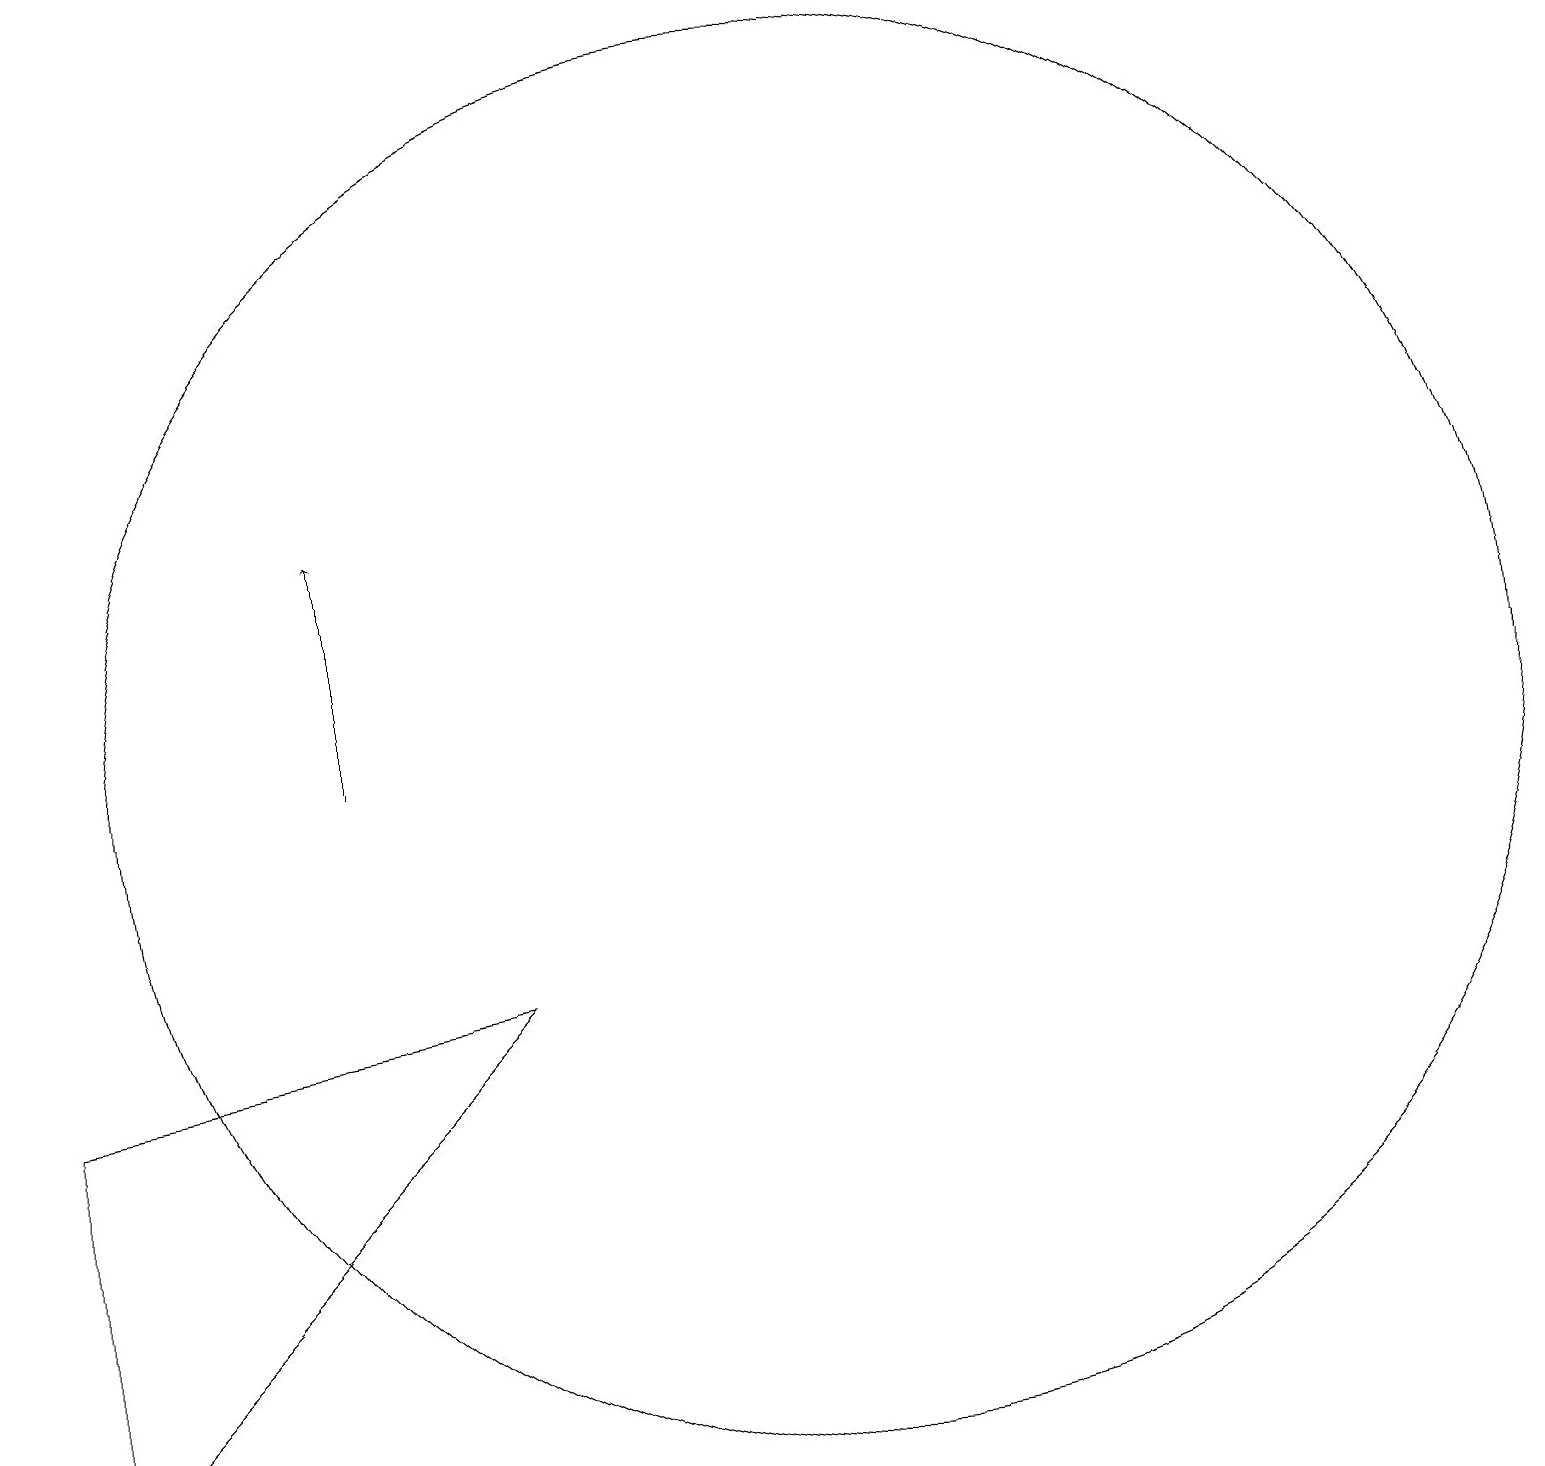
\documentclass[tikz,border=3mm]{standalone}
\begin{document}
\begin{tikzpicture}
\draw (0,2) -- (0,7) -- (6,8) -- cycle;
\draw (10,11) circle (9);
\draw[->] (4,11) -- (4,14);
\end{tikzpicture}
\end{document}